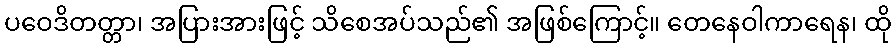
ပဝေဒိတတ္တာ၊ အပြားအားဖြင့် သိစေအပ်သည်၏ အဖြစ်ကြောင့်။ တေနေဝါကာရေန၊ ထို